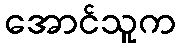
အောင်သူက